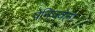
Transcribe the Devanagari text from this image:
पेनिज्वेला